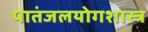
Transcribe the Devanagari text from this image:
पातंजलयोगशास्त्र